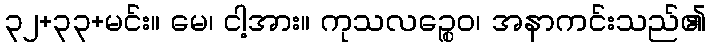
၃၂+၃၃+မင်း။ မေ၊ ငါ့အား။ ကုသလဉ္စေဝ၊ အနာကင်းသည်၏